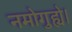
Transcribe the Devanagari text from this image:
नमोगुह्ये।